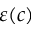
\varepsilon ( c )